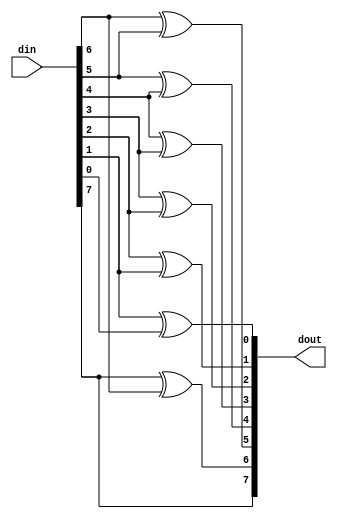
module ad_b2g #(
  parameter DATA_WIDTH = 8) (
  input       [DATA_WIDTH-1:0]    din,
  output      [DATA_WIDTH-1:0]    dout);
  function [DATA_WIDTH-1:0] b2g;
    input [DATA_WIDTH-1:0] b;
    integer i;
    begin
      b2g[DATA_WIDTH-1] = b[DATA_WIDTH-1];
      for (i = DATA_WIDTH-1; i > 0; i = i -1) begin
        b2g[i-1] = b[i] ^ b[i-1];
      end
    end
  endfunction
  assign dout = b2g(din);
endmodule